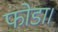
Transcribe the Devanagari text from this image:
फोडा।